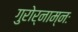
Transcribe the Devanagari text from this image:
गुरोर्नाम्नः